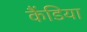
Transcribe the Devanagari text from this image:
कैंडिया